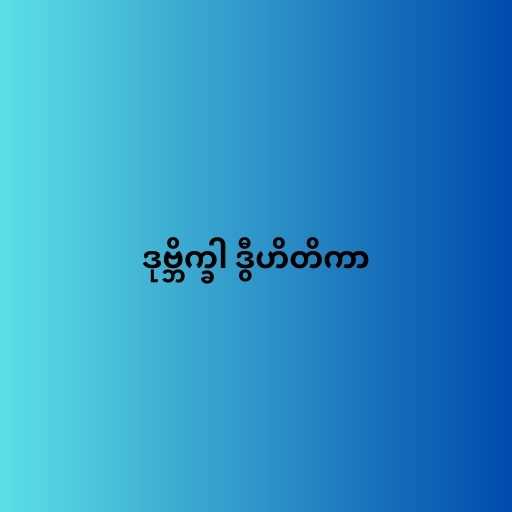
ဒုဗ္ဘိက္ခါ ဒွီဟိတိကာ